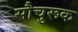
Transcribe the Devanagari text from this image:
सौचुरूक